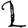
Digit: 2